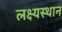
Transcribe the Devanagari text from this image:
लक्ष्यस्थान